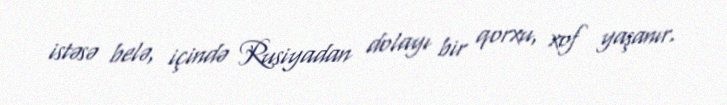
istəsə belə, içində Rusiyadan dolayı bir qorxu, xof yaşanır.